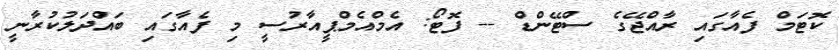
ކޮޓަމް ފެއާގައި ރާއްޖޭގެ ސްޓޭންޑް -- ފޮޓޯ: އެމްއެމްޕީއާރުސީ މި ފެއާގައި ބައްދަލުކުރާނީ